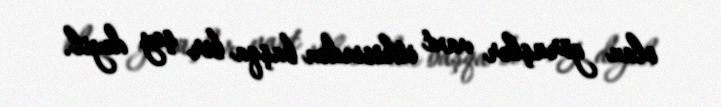
olan görüşlər vaxt itkisindən başqa bir şey deyil.